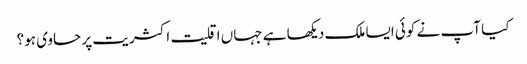
کیا آپ نے کوئی ایسا ملک دیکھا ہے جہاں اقلیت اکثریت پر حاوی ہو؟